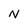
Character: N